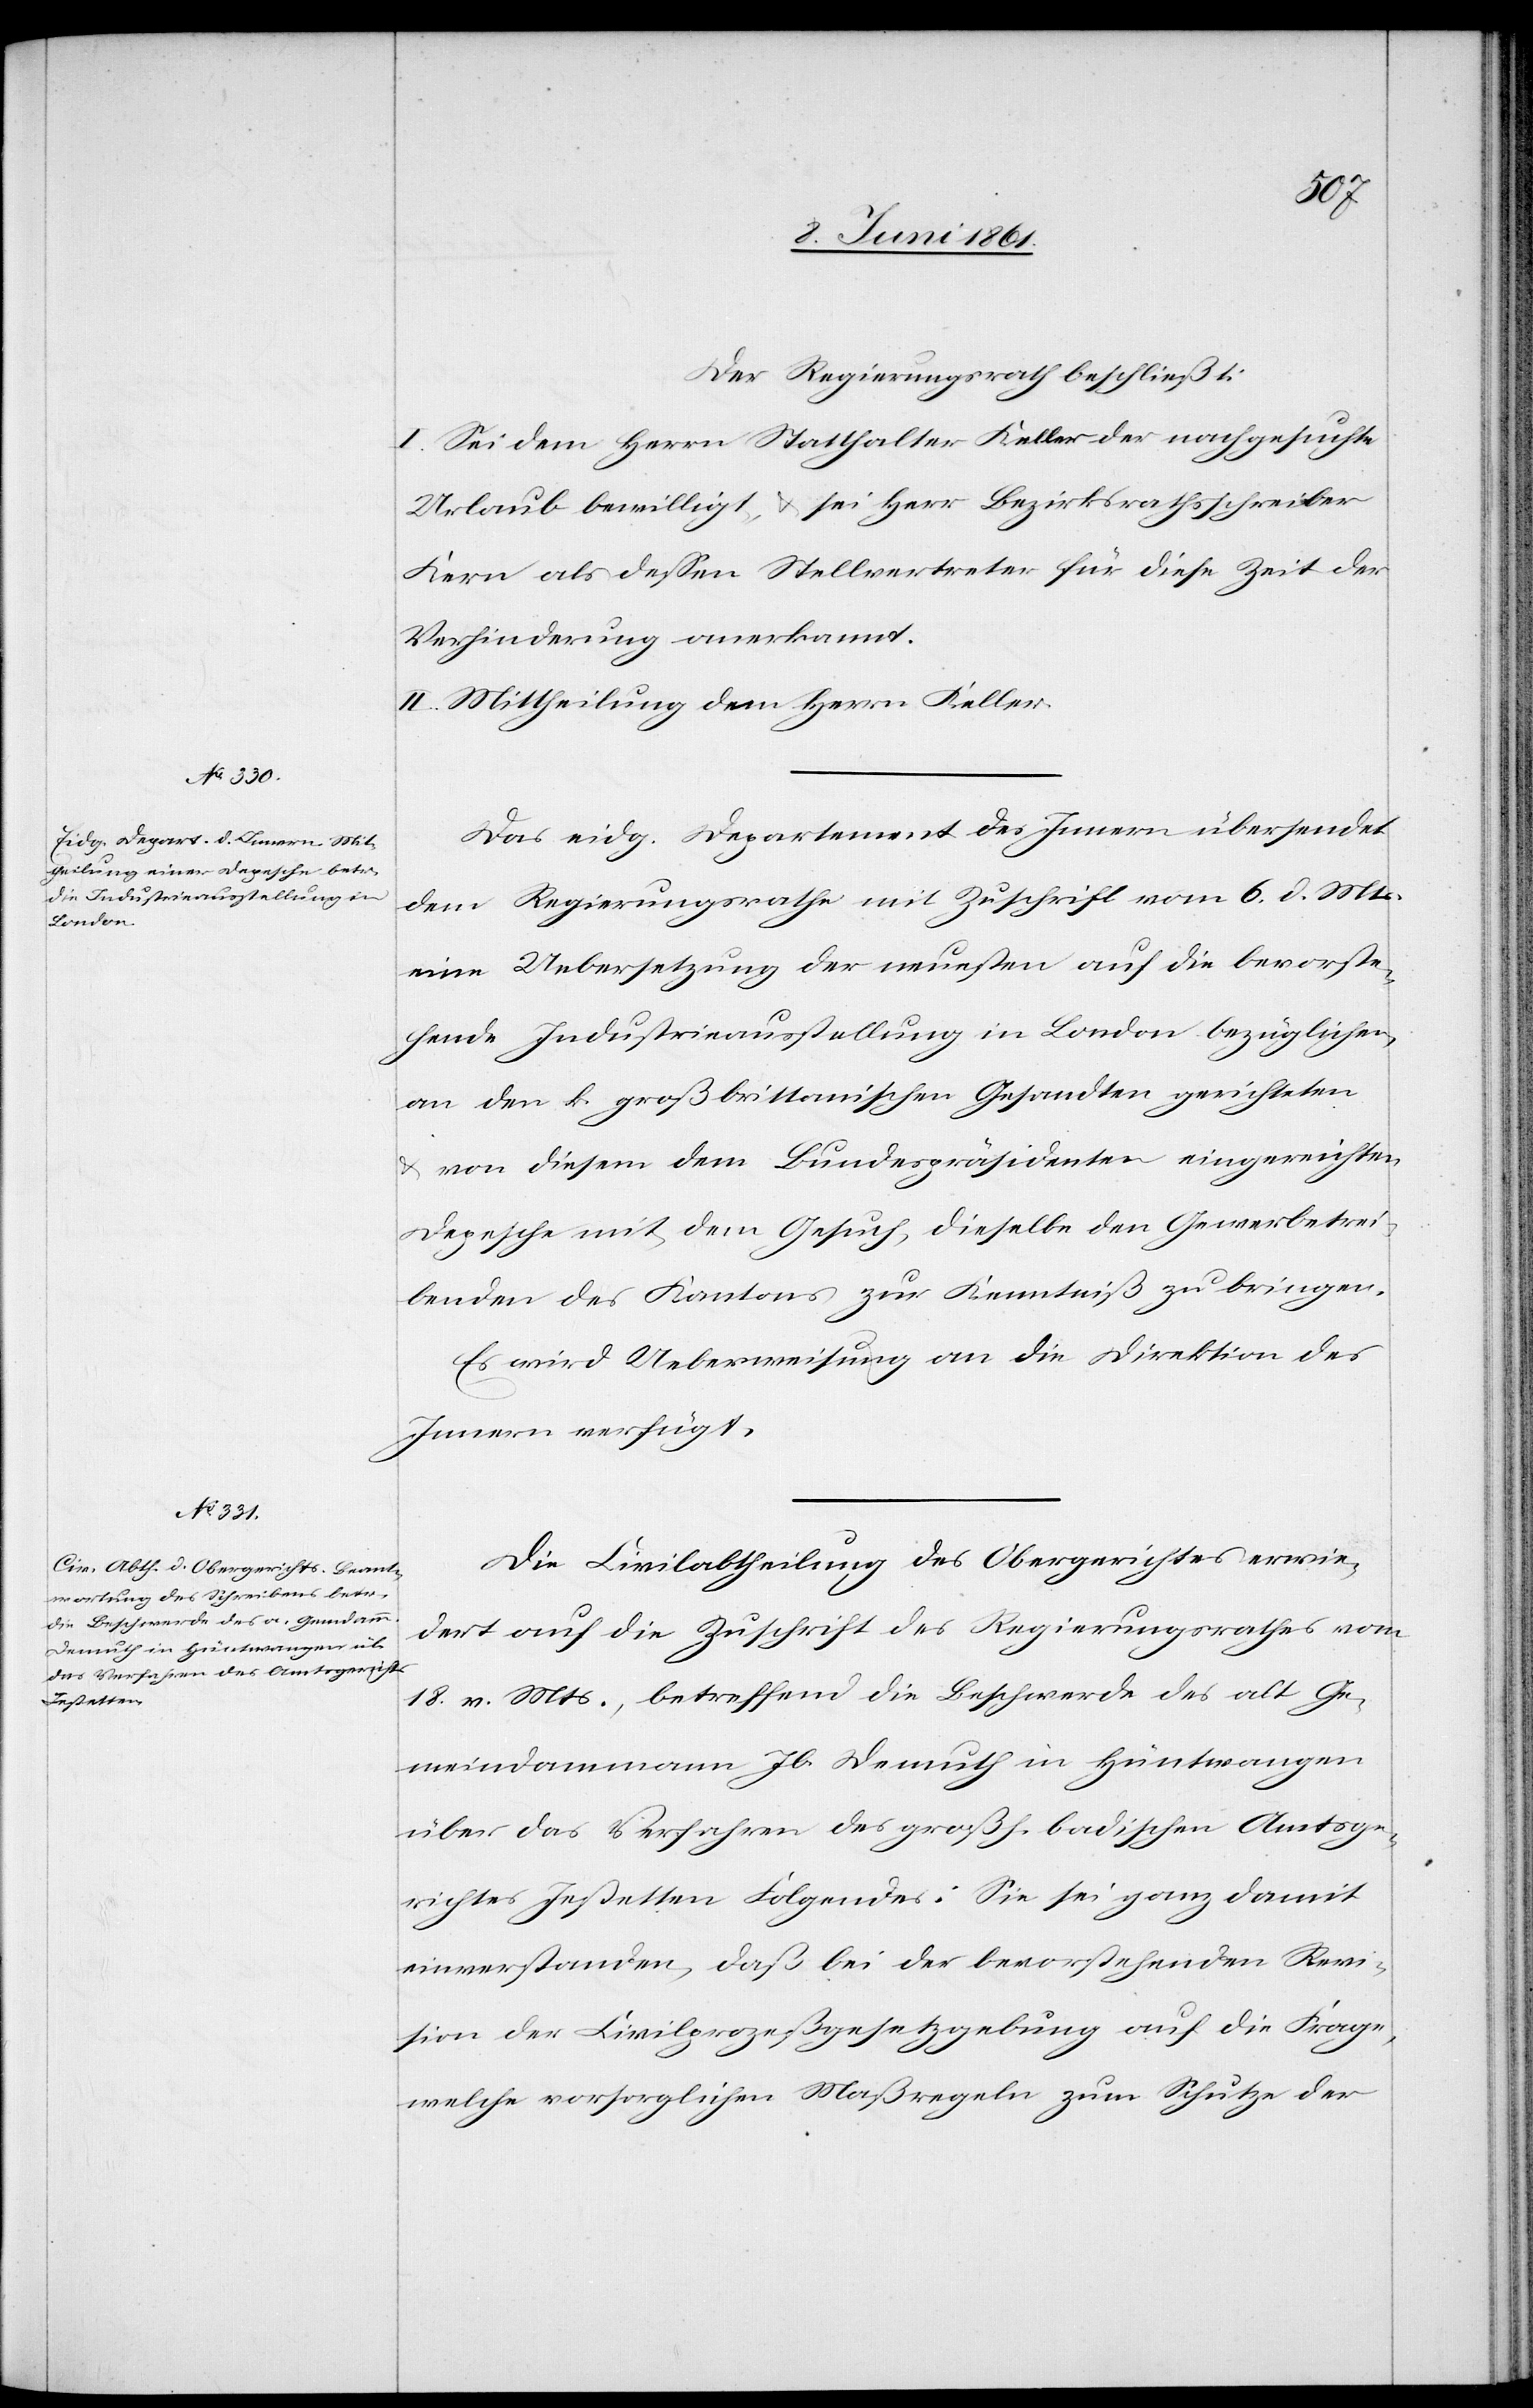
Der Regierungsrath beschließt:
I. Sei dem Herrn Statthalter Keller der nachgesuchte
Urlaub bewilligt, u. sei Herr Bezirksrathschreiber
Kern als dessen Stellvertreter für diese Zeit der
Verhinderung anerkannt.
II. Mittheilung dem Herrn Keller.
Das eidg. Departement des Innern übersendet
dem Regierungsrathe mit Zuschrift vom 6. d. Mts.
eine Uebersetzung der neuesten auf die bevorste¬
hende Industrieausstellung in London bezüglichen,
an den k. großbrittanischen Gesandten gerichteten
u. von diesem dem Bundespräsidenten eingereichten
Depesche mit dem Gesuch, dieselbe den Gewerbetrei¬
benden des Kantons zur Kenntniß zu bringen.
Es wird Ueberweisung an die Direktion des
Innern verfügt.
Die Civilabtheilung des Obergerichtes erwie¬
dert auf die Zuschrift des Regierungsrathes vom
18. v. Mts., betreffend die Beschwerde des alt Ge¬
meindammann Jb. Demuth in Hüntwangen
über das Verfahren des großh. badischen Amtsge¬
richtes Jestetten Folgendes: Sie sei ganz damit
einverstanden, daß bei der bevorstehenden Revi¬
sion der Civilprozeßgesetzgebung auf die Frage,
welche vorsorglichen Maßregeln zum Schutze der